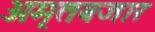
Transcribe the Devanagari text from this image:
अमृतबजार